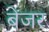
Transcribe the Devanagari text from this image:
बेंजर